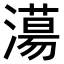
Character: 𣿴